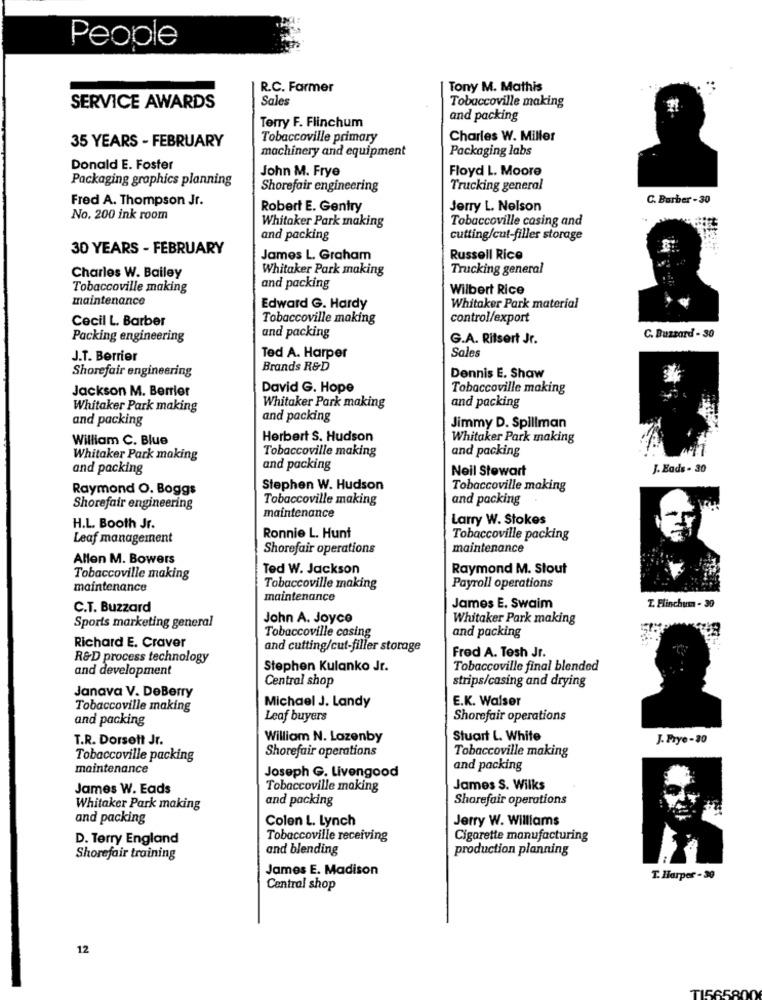
People
R.C. Farmer
Tony M. Mathis
Sales
Tobaccoville making
SERVICE AWARDS
and packing
Terry F. Flinchum
35 YEARS - FEBRUARY
Tobaccoville primary
Charles W. Miller
machinery and equipment
Packaging labs
Donald E. Foster
John M. Frye
Floyd L. Moore
Packaging graphics planning
Shorefair engineering
Trucking general
Fred A. Thompson Jr.
C. Barber - 30
Robert E. Gentry
Jerry L. Nelson
No. 200 ink room
Whitaker Park making
Tobaccoville casing and
and packing
cutting/cut-filles storage
30 YEARS - FEBRUARY
James L. Graham
Russell Rice
Whitaker Park making
Trucking general
Charles W. Bailey
Tobaccoville making
and packing
Wilbert Rice
maintenance
Edward G. Hardy
Whitaker Park material
Cecil L. Barber
Tobaccoville making
control/export
Packing engineering
and packing
G.A. Ritsert Jr.
C. Buzzard - 30
Sales
J.T. Berrier
Ted A. Harper
Shorefair engineering
Brands R&D
Dennis E. Shaw
Jackson M. Berrier
David G. Hope
Tobaccoville making
Whitaker Park making
Whitaker Park making
and packing
and packing
and packing
Jimmy D. Spillman
William C. Blue
Herbert S. Hudson
Whitaker Park making
Tobaccoville making
and packing
Whitaker Park making
and packing
and packing
Neil Stewart
J. Eads - 30
Raymond O. Boggs
Stephen W. Hudson
Tobaccoville making
Tobaccoville making
and packing
Shorefair engineering
maintenance
Larry W. Stokes
H.L. Booth Jr.
Ronnie L. Hunt
Leaf management
Tobaccoville packing
Shorefair operations
maintenance
Allen M. Bowers
Ted W. Jackson
Raymond M. Stout
Tobaccoville making
maintenance
Tobaccoville making
Payroll operations
maintenance
T. Flinchum - 30
C.T. Buzzard
James E. Swaim
John A. Joyce
Whitaker Park making
Sports marketing general
Tobaccoville casing
Richard E. Craver
and packing
and cutting/cut-filler storage
R&D process technology
Fred A. Tesh Jr.
and development
Stephen Kulanko Jr.
Tobaccoville final blended
Central shop
strips/casing and drying
Janava V. DeBerry
E.K. Walser
Tobaccoville making
Michael J. Landy
and packing
Leaf buyers
Shorefair operations
T.R. Dorsett Jr.
William N. Lazenby
Stuart L. White
J. Frye -30
Shorefair operations
Tobaccoville making
Tobaccoville packing
maintenance
Joseph G. Livengood
and packing
James W. Eads
Tobaccoville making
James S. Wilks
and packing
Sharefair operations
Whitaker Park making
and packing
Colen L. Lynch
Jerry W. Williams
D. Terry England
Tobaccoville receiving
Cigarette manufacturing
and blending
production planning
Shorefair training
James E. Madison
T. Harper - 30
Central shop
12